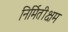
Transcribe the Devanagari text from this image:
निर्मितीक्षम